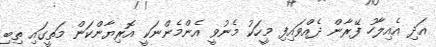
އަދި އެއިލާހު ފޭރާން ދެއްވައިފި މީހަކު މެނުވީ އެންމެންނަކީ އޮރިޔާންކަން މަތީގައި ތިބި